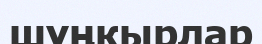
шұңкырлар